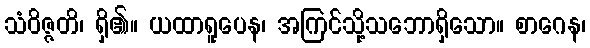
သံဝိဇ္ဇတိ၊ ရှိ၏။ ယထာရူပေန၊ အကြင်သို့သဘောရှိသော။ စာဂေန၊